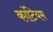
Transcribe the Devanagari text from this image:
कांटियम